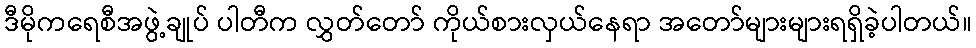
ဒီမိုကရေစီအဖွဲ့ချုပ် ပါတီက လွှတ်တော် ကိုယ်စားလှယ်နေရာ အတော်များများရရှိခဲ့ပါတယ်။